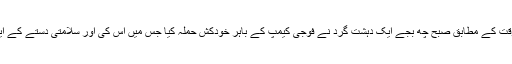
ذرائع نے بتایا کہ شاہ والی کوٹ ضلع میں ہفتے کو مقامی وقت کے مطابق صبح چھ بجے ایک دہشت گرد نے فوجی کیمپ کے باہر خودکش حملہ کیا جس میں اس کی اور سلامتی دستے کے ایک جوان کی موت ہوگئی اور تین دیگر جوان زخمی ہوگئے۔